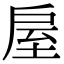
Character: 𢩈